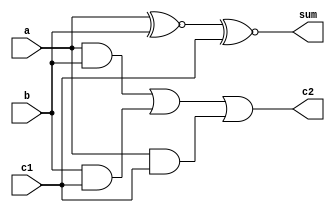
`timescale 1ns / 1ps
//////////////////////////////////////////////////////////////////////////////////
// Company: 
// Engineer: 
// 
// Design Name: 
// Module Name:    adder_one 
// Project Name: 
// Target Devices: 
// Tool versions: 
// Description: 
//
// Dependencies: 
//
// Revision: 
// Revision 0.01 - File Created
// Additional Comments: 
//
//////////////////////////////////////////////////////////////////////////////////
module adder_one(a, b, c1, sum, c2
    );
	 input wire a, b, c1;
	 output wire c2,sum;
	 assign sum = a^~b^~c1;
	 assign c2 = (a&b)|(b&c1)|(a&c1); 
	 
endmodule